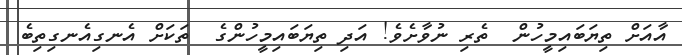
އާއަށް ތިޔަބައިމީހުން  ތެރި ނުވާށެވެ! އަދި ތިޔަބައިމީހުންގެ  ތަކަށް އެނގިއެނގިތިބެ